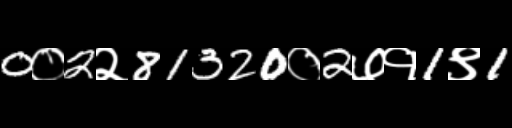
Text: 0०2२81320०2७१1९1